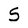
Character: 5